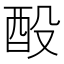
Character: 酘